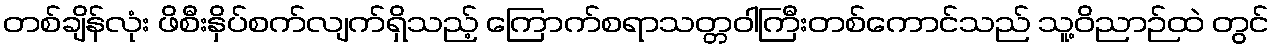
တစ်ချိန်လုံး ဖိစီးနှိပ်စက်လျက်ရှိသည့် ကြောက်စရာသတ္တဝါကြီးတစ်ကောင်သည် သူ့ဝိညာဉ်ထဲ တွင်